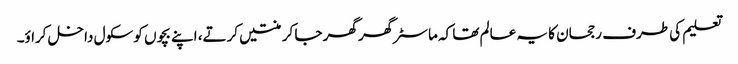
تعلیم کی طرف رجحان کا یہ عالم تھا کہ ماسٹر گھر گھر جا کر منتیں کرتے، اپنے بچوں کو سکول داخل کراؤ۔